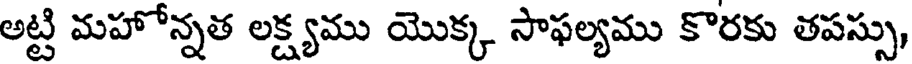
అట్టి మహోన్నత లక్ష్యము యొక్క సాఫల్యము కొరకు తపస్సు,